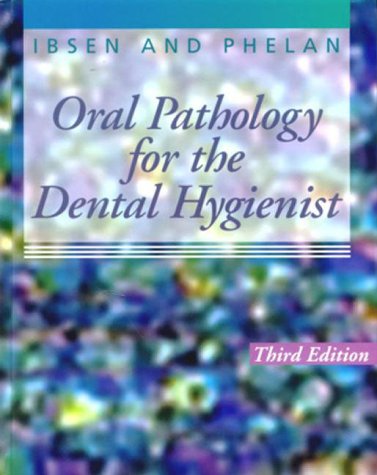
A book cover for Oral Pathology for the Dental Hygienist, 3e; Olga A. C. Ibsen RDH  MS; Medical Books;